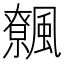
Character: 𩙂